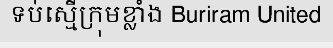
ទប់ស្មើក្រុមខ្លាំង Buriram United